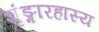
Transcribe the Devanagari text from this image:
शृंङ्गारहास्य